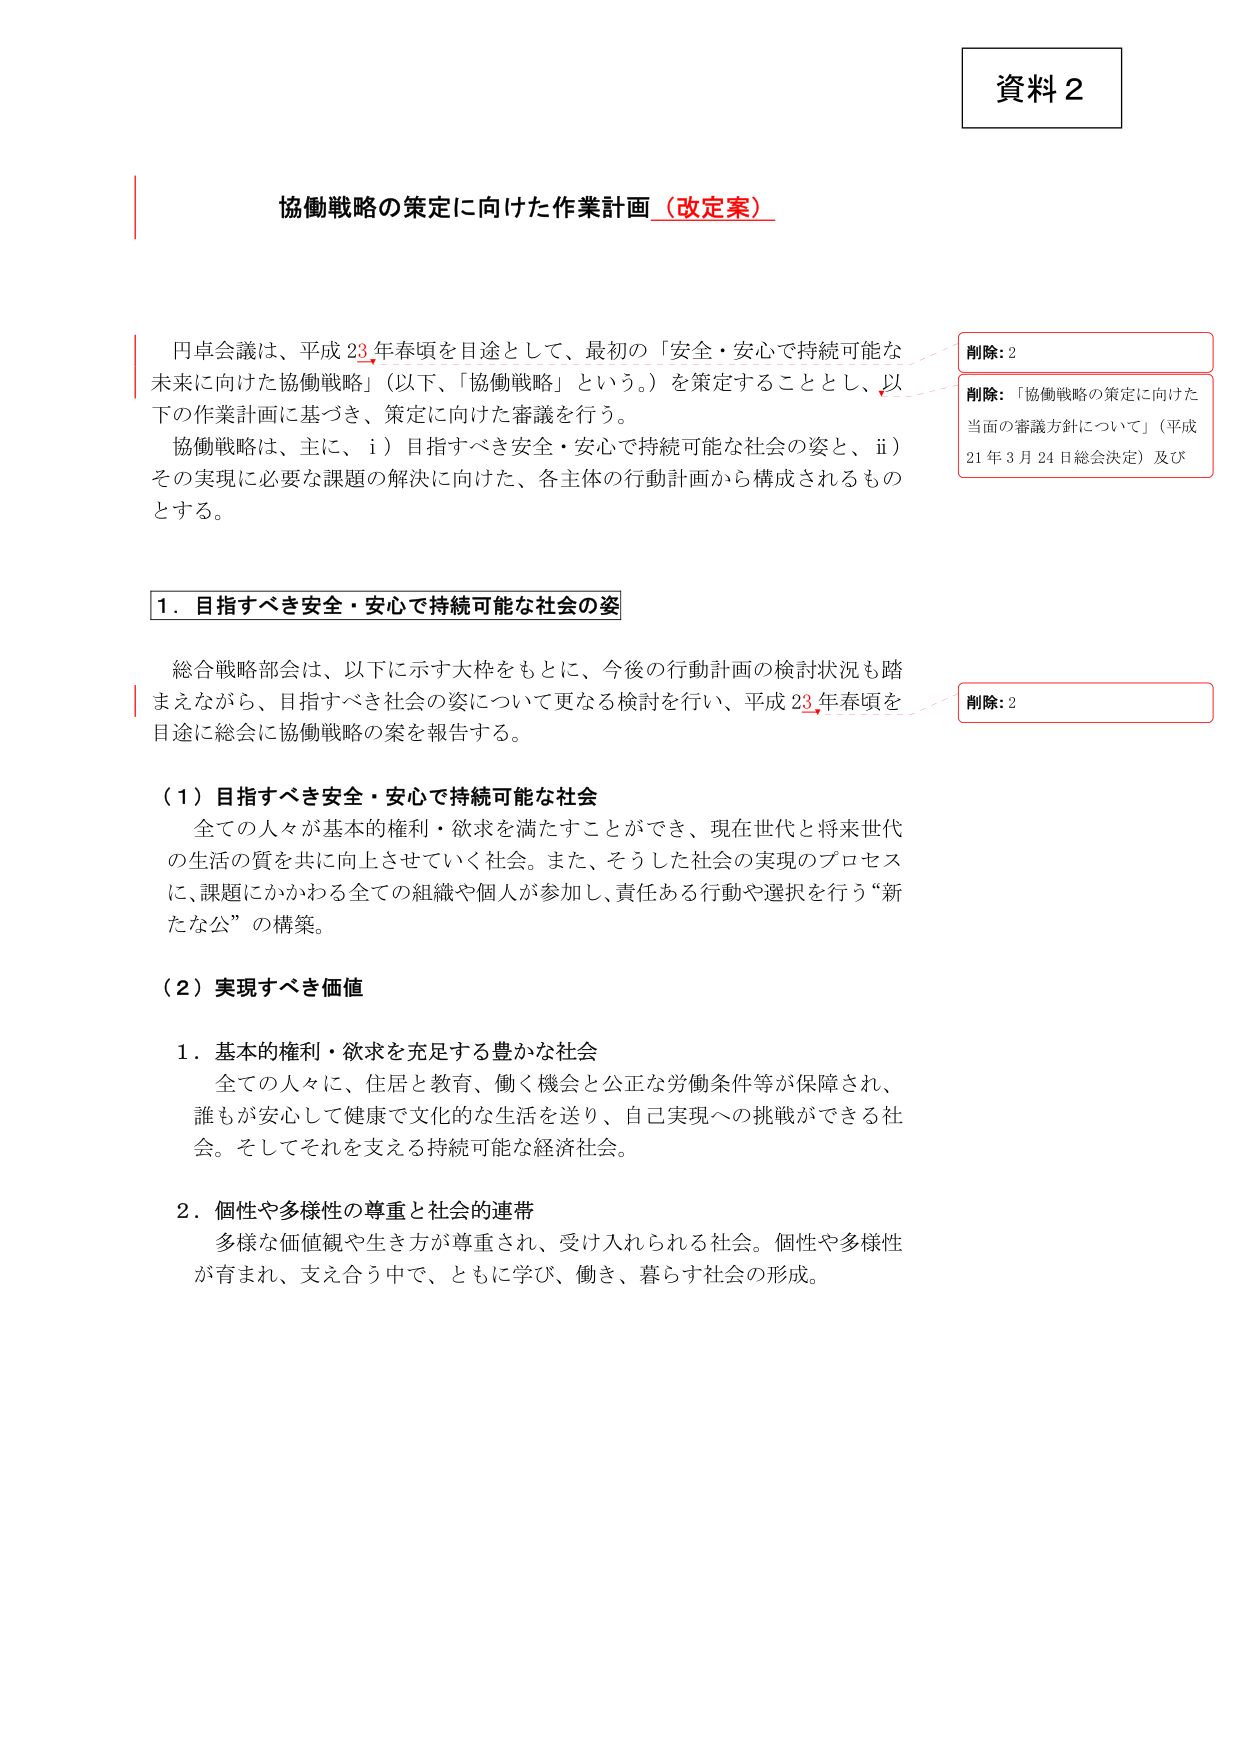
資料２

協働戦略の策定に向けた作業計画（改定案）

円卓会議は、平成23年春頃を目途として、最初の「安全・安心で持続可能な未来に向けた協働戦略」（以下、「協働戦略」という。）を策定することとし、以下の作業計画に基づき、策定に向けた審議を行う。
協働戦略は、主に、ⅰ）目指すべき安全・安心で持続可能な社会の姿と、ⅱ）その実現に必要な課題の解決に向けた、各主体の行動計画から構成されるものとする。

１．目指すべき安全・安心で持続可能な社会の姿

総合戦略部会は、以下に示す大枠をもとに、今後の行動計画の検討状況も踏まえながら、目指すべき社会の姿について更なる検討を行い、平成23年春頃を目途に総会に協働戦略の案を報告する。

（１）目指すべき安全・安心で持続可能な社会
全ての人々が基本的権利・欲求を満たすことができ、現在世代と将来世代の生活の質を共に向上させていく社会。また、そうした社会の実現のプロセスに、課題にかかわる全ての組織や個人が参加し、責任ある行動や選択を行う“新たな公”の構築。

（２）実現すべき価値

１．基本的権利・欲求を充足する豊かな社会
全ての人々に、住居と教育、働く機会と公正な労働条件等が保障され、誰もが安心して健康で文化的な生活を送り、自己実現への挑戦ができる社会。そしてそれを支える持続可能な経済社会。

２．個性や多様性の尊重と社会的連帯
多様な価値観や生き方が尊重され、受け入れられる社会。個性や多様性が育まれ、支え合う中で、ともに学び、働き、暮らす社会の形成。

削除：2
削除：「協働戦略の策定に向けた当面の審議方針について」（平成21年3月24日総会決定）及び
削除：2